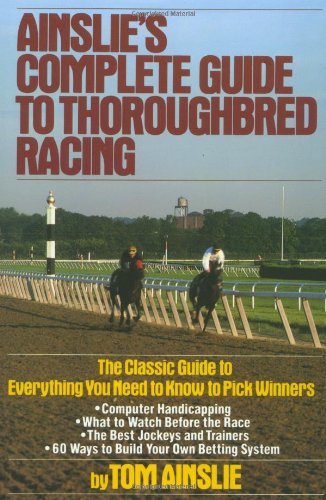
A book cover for Ainslie's Complete Guide to Thoroughbred Racing; Tom Ainslie; Humor & Entertainment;